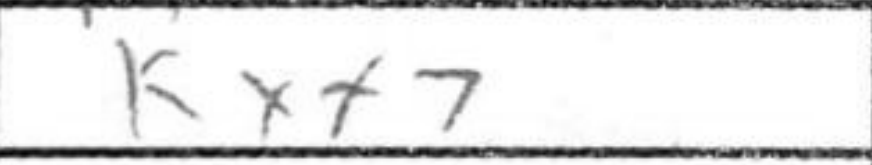
Transcription: Kxf7